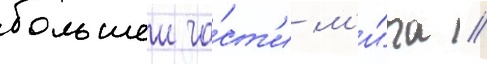
большеи ча́ст'и м'и́ра //